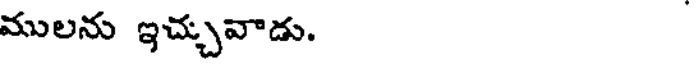
ములను ఇచ్చువాడు.